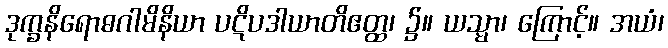
ဒုက္ခနိရောဓဂါမိနိယာ ပဋိပဒါယာတိဧတ္ထ၊ ၌။ ယသ္မာ၊ ကြောင့်။ အယံ၊